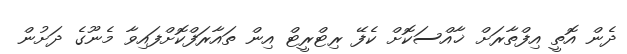
ދެން އޮތީ އިފްތާރަށް ޚާއްސަކޮށް ކެފޭ ރިޓްރީޓް އިން ތައާރަފްކޮށްފައިވާ މެނޫގެ ދަށުން